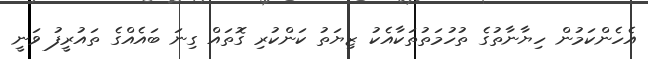
އެހެންކަމުން ހިޔާނާތުގެ ތުހުމަތުތަކާއެކު ޒިޔަތު ކަންކުރި ގޮތައް ގިނަ ބައެއްގެ ތައުރީފު ވަނީ